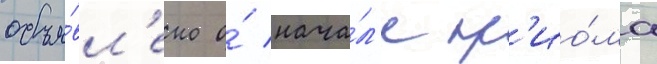
объя́вл'ено о́ нача́л'е пр'ио́ма